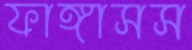
ফাঙ্গাসস